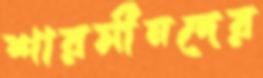
শারমীনদের